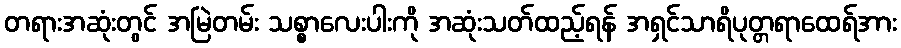
တရားအဆုံးတွင် အမြဲတမ်း သစ္စာလေးပါးကို အဆုံးသတ်ထည့်ရန် အရှင်သာရိပုတ္တရာထေရ်အား